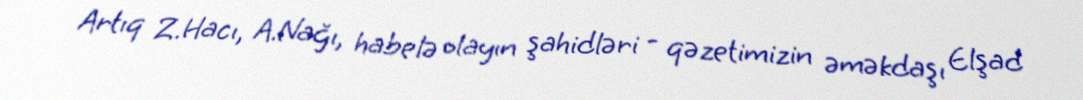
Artıq Z.Hacı, A.Nağı, habelə olayın şahidləri - qəzetimizin əməkdaşı Elşad